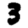
Digit: 3